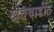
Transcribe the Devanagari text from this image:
खेतवाडीत